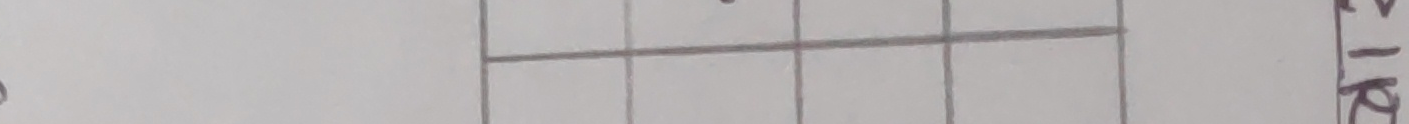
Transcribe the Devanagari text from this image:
चिर